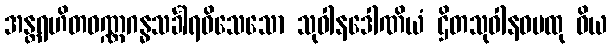
အန္တရဟိတဝဏ္ဏဂန္ဓသင်္ခါရဝိသေသော သုဝါနဒေါဏိယံ ဌိတသုဝါနဝမထု ဝိယ